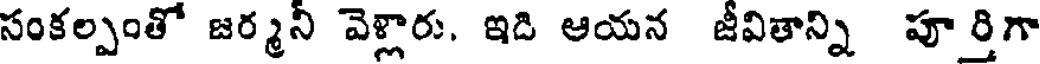
సంకల్పంతో జర్మని వెళ్లారు. ఇది ఆయన జీవితాన్ని పూర్తిగా